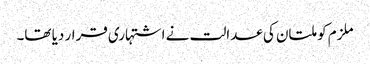
ملزم کو ملتان کی عدالت نے اشتہاری قرار دیا تھا۔